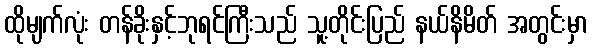
ထိုမျက်လုံး တန်ခိုးနှင့်ဘုရင်ကြီးသည် သူ့တိုင်းပြည် နယ်နိမိတ် အတွင်းမှာ